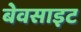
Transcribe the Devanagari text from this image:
बेवसाइट